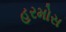
હરમોસ